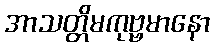
အာသတ္တိမကုဗ္ဗမာနော